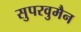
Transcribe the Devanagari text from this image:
सुपरवुमैन